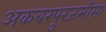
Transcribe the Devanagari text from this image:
अकबरपुरजमीमा